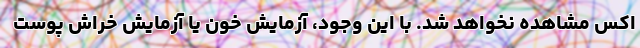
اکس مشاهده نخواهد شد. با این وجود، آزمایش خون یا آزمایش خراش پوست